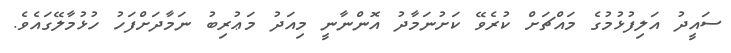
ސައީދު އަލިފުޅުމުގެ މައްޗަށް ކުރެވޭ ކަށުނަމާދު އޮންނާނީ މިއަދު މަޢުރިބު ނަމާދަށްފަހު ހުޅުމާލޭގައެވެ.